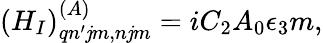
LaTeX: (H_{I})_{qn^{\prime}\mathit{j}m,n\mathit{j}m}^{(A)}=iC_{2}A_{0}\epsilon_{3}m,